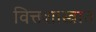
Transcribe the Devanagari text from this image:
वित्तशास्त्रात